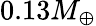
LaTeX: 0.13M_{\oplus}